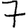
Digit: 7